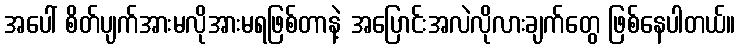
အပေါ် စိတ်ပျက်အားမလိုအားမရဖြစ်တာနဲ့ အပြောင်းအလဲလိုလားချက်တွေ ဖြစ်နေပါတယ်။